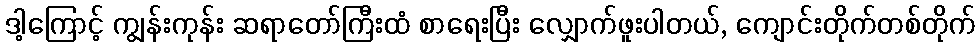
ဒါ့ကြောင့် ကျွန်းကုန်း ဆရာတော်ကြီးထံ စာရေးပြီး လျှောက်ဖူးပါတယ်, ကျောင်းတိုက်တစ်တိုက်